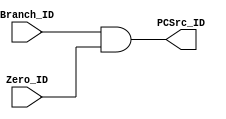
// Comments and desciption of modules have been deliberately ommitted.
// It is up to the student to document and describe the system.
// THe MEM_Branch_AND is now move to ID state to reducing the delay of Branches

module ID_Branch_AND(
		      input Branch_ID,
		      input  Zero_ID,
		      output PCSrc_ID
		      );

   assign PCSrc_ID = Branch_ID & Zero_ID;

endmodule // MEM_Branch_ID